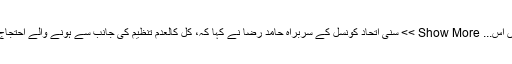
یہ کالعدم تنظیم نام بدل بدل کر آرہی ہیں اس... Show More >> سنی اتحاد کونسل کے سربراہ حامد رضا نے کہا کہ، کل کالعدم تنظیم کی جانب سے ہونے والے احتجاج سے اہل سنت کا کوئی تعلق نہیں ہے۔